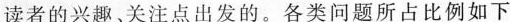
读者的兴趣关注点出发的。各类问题所占比例如下